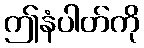
ဤနံပါတ်ကို